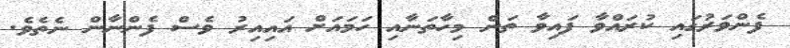
ފެންވަރުގައި ކުރައްްވާ ފައިވާ ތަން މިހާތަނާއި ހަމައަށް އައިއިރު ވެސް ފެންނާން ނެތެވެ.